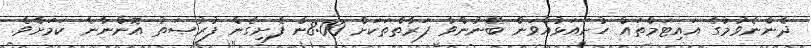
ދެންނެވުމުގެ އައިޓަމްތައް ހުށައަޅުއްވަން ބޭނުންވާ ފަރާތްތަކަށް 8:00ން ފެށިގެން ފުރުޞަތު އޮންނާނެ ކަމަށެވެ.